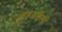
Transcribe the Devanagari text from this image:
अडवलेली